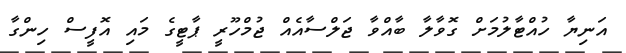
އަނިޔާ ހުއްޓާލުމަށް ގޮވާލާ ބާއްވާ ޖަލްސާއެއް ޖުމްހޫރީ ޕާޓީގެ މައި އޮފީސް ހިންގާ